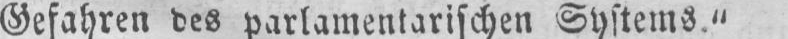
Gefahren des parlamentarischen Systems.“